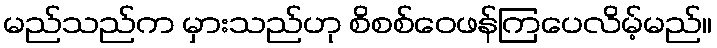
မည်သည်က မှားသည်ဟု စိစစ်ဝေဖန်ကြပေလိမ့်မည်။